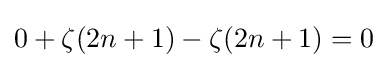
0+\zeta (2n+1)-\zeta (2n+1)=0